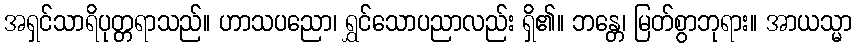
အရှင်သာရိပုတ္တရာသည်။ ဟာသပညော၊ ရွှင်သောပညာလည်း ရှိ၏။ ဘန္တေ၊ မြတ်စွာဘုရား။ အာယသ္မာ